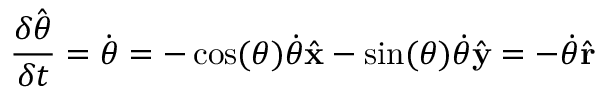
{ \frac { \delta { \hat { \boldsymbol { \theta } } } } { \delta t } } = { \dot { \boldsymbol { \theta } } } = - \cos ( \theta ) { \dot { \theta } } { \hat { \mathbf { x } } } - \sin ( \theta ) { \dot { \theta } } { \hat { \mathbf { y } } } = - { \dot { \theta } } { \hat { \mathbf { r } } }